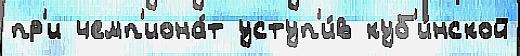
пр'и чемп'иона́т уступ'и́в куб'и́нской